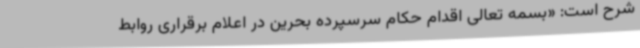
شرح است: «بسمه تعالی اقدام حکام سرسپرده بحرین در اعلام برقراری روابط